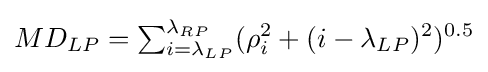
MD_{LP}=\textstyle \sum _{i=\lambda _{LP}}^{\lambda _{RP}}\displaystyle (\rho _{i}^{2}+(i-{\lambda _{LP}})^{2})^{0.5}